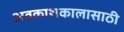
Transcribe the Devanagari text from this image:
अवकाशकालासाठी